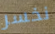
نخسر